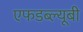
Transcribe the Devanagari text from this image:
एफडब्ल्यूबी